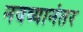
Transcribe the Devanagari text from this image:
नवव्यानंतर